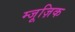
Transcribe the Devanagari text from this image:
म्जूज़िक